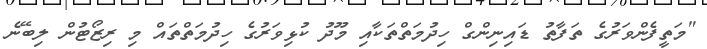
"މަތީފެންވަރުގެ ތަފާތު ޑައިނިންގް ހިދުމަތްތަކާއި މޫދު ކުޅިވަރުގެ ހިދުމަތްތައް މި ރިޒޯޓުން ލިބޭނެ